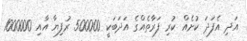
އަދި އެފަދަ ކުށެއް ކުރި ފަރާތެއްގެ އަދަބަކީ 500000 ރުފިޔާ އާއި 1000000